Lunatic asylums Bombay report 1878-1890 - 1878-1890
Year: 1878
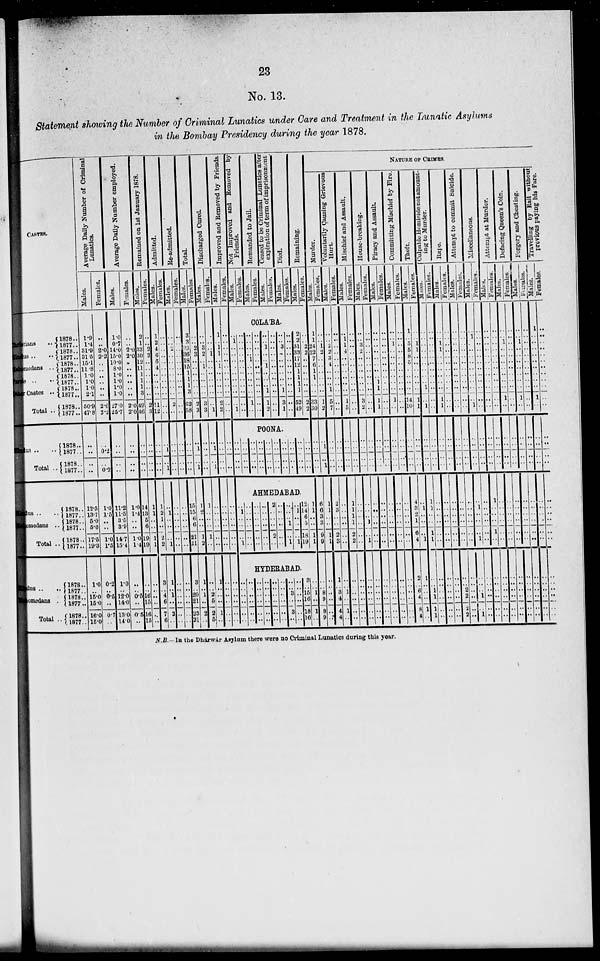
23
No. 13.
Statement showing the Number of Criminal Lunatics under Care and Treatment in the Lunatic Asylums
in the Bombay Presidency during the year 1878.
CASTES.
Christians ..
Hindus ..
..
Mahomedans ..
Parsis ..
Other Castes ..
Total ..
Hindus .. ..
Total ..
Hindus .. ..
Mahomedans ..
Total ..
Hindus .. ..
Mahomedans ..
Total ..
1878..
1877..
1878..
1877..
1878..
1877..
l878..
1877..
1878..
1877..
1878..
1877..
1878..
1877..
1878..
1877..
1878..
1877..
1878..
1877..
1878..
1877..
1878..
1877..
1878..
1877..
1878..
1877..
Average Daily Number of Criminal
Lunatics.
Males.
1.9
1.4
31.9
31.5
15.1
11.8
1.0
1.0
1.0
2.1
50.9
47.8
..
..
..
..
12.5
13.7
5.0
5.6
17.5
19.3
1.0
..
15.0
15.0
16.0
15.0
Females.
..
..
2.0
2.2
..
..
..
..
..
..
2.0
2.2
..
0.2
..
0.2
1.0
1.5
..
..
1.0
1.5
0.2
..
0.5
..
0.7
..
Average Daily Number employed.
Males.
1.0
0.7
14.0
15.0
10.0
8.0
1.0
1.0
1.0
1.0
27.0
25.7
..
..
..
..
11.2
11.5
3.5
3.9
14.7
15.4
1.0
..
12.0
14.0
13.0
14.0
Females.
..
..
2.0
2.0
..
..
..
..
..
..
2.0
2.0
..
..
..
..
1.0
1.4
..
..
1.0
1.4
..
..
0.5
..
0.5
..
Remained on 1st January 1878.
Males.
2
1
33
30
12
11
1
1
1
3
49
46
..
..
..
..
14
13
5
6
19
19
..
..
16
15
16
15
Females.
..
..
2
3
..
..
..
..
..
..
2
3
..
..
..
..
1
1
..
..
1
1
..
..
..
..
..
..
Admitted.
Males.
1
2
4
6
6
4
..
..
..
..
11
12
..
..
..
..
1
2
1
..
2
2
3
..
4
6
7
6
Females.
..
..
..
..
..
..
..
..
..
..
..
..
..
1
..
1
..
1
..
..
..
1
1
..
1
..
2
..
Re-admitted.
Males.
..
..
2
..
..
..
..
..
..
..
2
..
..
..
..
..
..
..
..
..
..
..
..
..
..
..
..
..
Females.
..
..
..
..
..
..
..
..
..
..
..
..
..
..
..
..
..
..
..
..
..
..
..
..
..
..
..
..
Total.
Males.
3
3
39
36
18
15
1
1
1
3
62
58
..
..
..
..
15
15
6
6
21
21
3
..
20
21
23
21
Females.
..
..
2
3
..
..
..
..
..
..
2
3
..
1
..
1
1
2
..
..
1
2
1
..
1
..
2
..
Discharged Cured.
Males.
..
..
3 2
..
1
..
..
..
..
3
3
..
..
..
..
1
..
..
..
1
..
..
..
2
5
2
5
Females.
..
..
..
1
..
..
..
..
..
..
..
1
..
1
..
1
..
..
..
..
..
..
1
..
..
..
1
..
Improved and Removed by Friends.
Males.
1
..
1
1
..
1
..
..
..
..
2
2
..
..
..
..
..
..
..
..
..
..
..
..
..
..
..
..
Females.
..
..
..
..
..
..
..
..
..
..
..
..
..
..
..
..
..
..
..
..
..
..
..
..
..
..
..
Not Improved and Removed by
Friends.
Males.
Females.
Remanded to Jail.
Males.
Females.
Ceased to be Criminal Lunatics after
expiration of term of imprisonment.
Males.
Females.
Died.
Males.
Females.
Remaining.
Males.
Females.
COLA'BA.
..
1
..
..
..
..
..
..
..
..
..
1
..
..
..
..
..
..
..
..
..
..
..
..
..
..
..
..
1
..
..
..
..
..
1
..
..
..
..
..
..
..
..
..
..
..
..
..
..
..
1
..
..
1
..
..
..
1
1
2
..
..
..
..
..
..
..
..
..
..
..
..
..
..
3
..
..
..
..
..
..
1
3
1
..
..
..
..
..
..
..
..
..
..
..
..
2
2
31
33
17
12
1
1
1
1
52
49
..
..
2
2
..
..
..
..
..
..
2
2
POONA.
..
..
..
..
..
..
..
..
..
..
..
..
..
..
..
..
..
..
..
..
..
..
..
..
..
..
..
..
..
..
..
..
..
..
..
..
..
..
..
..
NATURE OF CRIMES.
Murder.
Males.
1
1
24
22
7
6
1
1
..
..
33
30
..
..
..
..
AHMEDABAD.
..
1
..
..
..
1
..
..
..
..
..
..
..
..
..
..
..
..
..
..
..
..
..
..
..
..
..
..
..
..
2
..
..
..
2
..
..
..
..
..
..
..
..
..
..
1
..
1
..
1
..
..
..
1
12
14
6
5
18
19
1
1
..
..
1
1
6
6
3
3
9
9
HYDERABAD.
..
..
..
..
..
..
..
..
..
..
..
..
..
..
..
..
..
..
..
..
..
..
..
..
..
..
..
..
..
..
..
..
3
..
3
..
..
..
..
..
..
..
3
..
15
16
18
16
..
..
1
..
1
..
..
..
8
9
8
9
Females.
..
..
1
2
..
..
..
..
..
..
1
2
..
1
..
1
1
1
..
..
1
1
..
..
..
..
..
..
Voluntarily Causing Grievous
Hurt.
Males.
..
..
2
2
3
4
..
..
..
1
5
7
..
..
..
..
2
3
..
..
2
3
1
..
3
4
4
4
Females.
..
..
..
..
..
..
..
..
..
..
..
..
..
..
..
..
..
..
..
..
..
..
..
..
1
..
1
..
Mischief and Assault.
Males.
..
1
1
4
..
..
..
..
..
..
1
5
..
..
..
..
1
1
1
1
2
2
..
..
..
..
..
..
Females.
..
..
..
..
..
..
..
..
..
..
..
..
..
..
..
..
..
..
..
..
..
..
..
..
..
..
..
..
House-breaking.
Males.
..
..
3
2
..
..
..
..
..
..
3
2
..
..
..
..
..
..
..
1
..
1
..
..
..
..
..
..
Females.
..
..
..
..
..
..
..
..
..
..
..
..
..
..
..
..
..
..
..
..
..
..
..
..
..
..
..
..
Piracy and Assault.
Males.
..
..
..
..
..
..
..
..
1
1
1
1
..
..
..
..
..
..
..
..
..
..
..
..
..
..
..
..
Females.
..
..
..
..
..
..
..
..
..
..
..
..
..
..
..
..
..
..
..
..
..
..
..
..
..
..
..
..
Committing Mischief by Fire.
Males.
..
..
1
..
..
..
..
..
..
..
1
..
..
..
..
..
..
..
..
..
..
..
..
..
..
..
..
..
Females.
..
..
..
..
..
..
..
..
..
..
..
..
..
..
..
..
..
..
..
..
..
..
..
..
..
..
..
..
Theft.
Males.
1
..
5
5
8
5
..
..
..
..
14
10
..
..
..
..
4
3
2
1
6
4
2
..
6
4
8
4
Females.
..
..
1
1
..
..
..
..
..
..
1
1
..
..
..
..
..
1
..
..
..
1
1
..
..
..
1
..
Culpable Homicide not amount-
ing to Murder.
Males.
..
..
..
..
..
..
..
..
..
1
..
1
..
..
..
..
1
1
..
..
1
1
..
..
1
1
1
1
Females.
..
..
..
..
..
..
..
..
..
..
..
..
..
..
..
..
..
..
..
..
..
..
..
..
..
..
..
..
Rape.
Males.
..
..
1
1
..
..
..
..
..
..
1
1
..
..
..
..
..
..
..
..
..
..
..
..
..
..
..
..
Females.
..
..
..
..
..
..
..
..
..
..
..
..
..
..
..
..
..
..
..
..
..
..
..
..
..
..
..
..
Attempt to commit Suicide.
Males.
..
..
..
..
..
..
..
..
..
..
..
..
..
..
..
..
..
..
..
..
..
..
..
..
2
2
2
2
Females.
..
..
..
..
..
..
..
..
..
..
..
..
..
..
..
..
..
..
..
..
..
..
..
..
..
..
..
..
Miscellaneous.
Males.
..
1
..
..
..
..
..
..
..
..
..
1
..
..
..
..
..
1
..
..
..
1
..
..
..
1
..
1
Females.
..
..
..
..
..
..
..
..
..
..
..
..
..
..
..
..
..
..
..
..
..
..
..
..
..
..
..
..
Attempt at Murder.
Males.
..
..
..
..
..
..
..
..
..
..
..
..
..
..
..
..
1
..
..
..
1
..
..
..
..
..
..
..
Females.
..
..
..
..
..
..
..
..
..
..
..
..
..
..
..
..
..
..
..
..
..
..
..
..
..
..
..
..
Defacing Queen's Coin.
Males.
..
..
1
..
..
..
..
..
..
..
1
..
..
..
..
..
..
..
..
..
..
..
..
..
..
..
..
..
Females.
..
..
..
..
..
..
..
..
..
..
..
..
..
..
..
..
..
..
..
..
..
..
..
..
..
..
..
..
Forgery
and Cheating.
Males.
..
..
1
..
..
..
..
..
..
..
1
..
..
..
..
..
..
..
..
..
..
..
..
..
..
..
..
..
Females.
..
..
..
..
..
..
..
..
..
..
..
..
..
..
..
..
..
..
..
..
..
..
..
..
..
..
..
..
Travelling by Rail -without
previous paying his Fare.
Males.
1
..
..
..
..
..
..
..
..
..
1
..
..
..
..
..
..
..
..
..
..
..
..
..
..
..
..
..
Females.
..
..
..
..
..
..
..
..
..
..
..
..
..
..
..
..
..
..
..
..
..
..
..
..
..
..
..
..
N.B.-In the Dhárwár Asylum there were no Criminal Lunatics during this year.